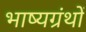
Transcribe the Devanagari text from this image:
भाष्यग्रंथों